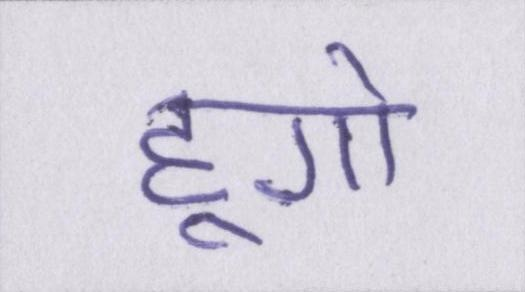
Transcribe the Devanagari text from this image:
हूगो